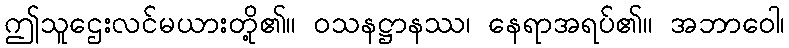
ဤသူဌေးလင်မယားတို့၏။ ဝသနဋ္ဌာနဿ၊ နေရာအရပ်၏။ အဘာဝေါ၊